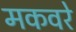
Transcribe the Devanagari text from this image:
मकवरे